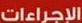
الإجراءات